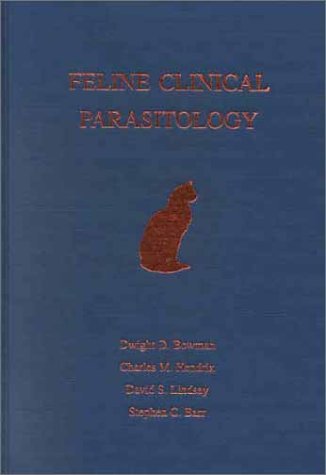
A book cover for Feline Clinical Parasitology; Dwight D. Bowman; Medical Books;